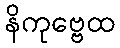
နိကုဗ္ဗေထ